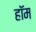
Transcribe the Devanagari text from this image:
हॉम